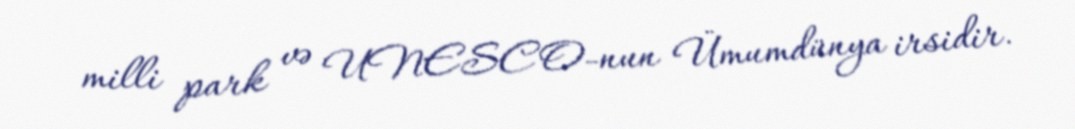
milli park və UNESCO-nun Ümumdünya irsidir.